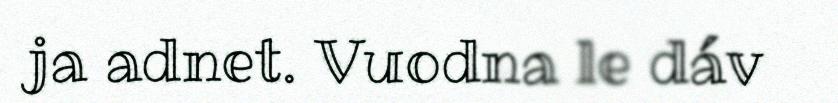
ja adnet. Vuodna le dáv